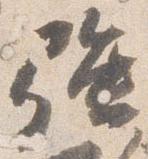
強